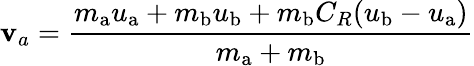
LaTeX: \mathbf{v}_{a}={\frac{{m_{\mathrm{{a}}}u_{\mathrm{{a}}}+m_{\mathrm{{b}}}u_{\mathrm{{b}}}+m_{\mathrm{{b}}}C_{R}(u_{\mathrm{{b}}}-u_{\mathrm{{a}}})}}{{m_{\mathrm{{a}}}+m_{\mathrm{{b}}}}}}